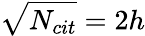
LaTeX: \sqrt{N_{cit}}=2h